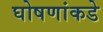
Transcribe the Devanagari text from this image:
घोषणांकडे